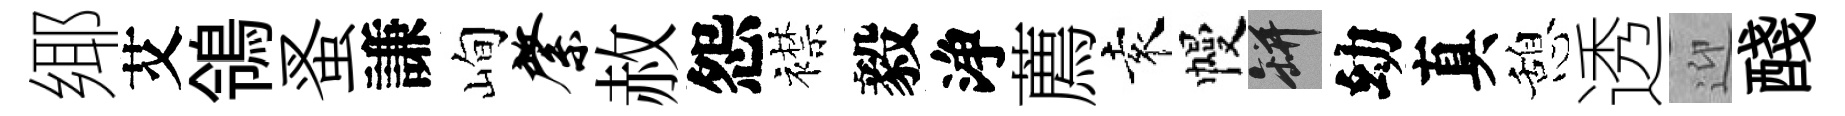
鄊艾鴒蚤謙峋綮赦怨襟毅浄薦袁幔瓶幼真憩透迎醆